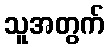
သူအတွက်